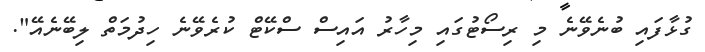
ގުޅާފައި ބުނެވޭނެ މި ރިސޯޓުގައި މިހާރު އައިސް ސްކޭޓް ކުރެވޭނެ ހިދުމަތް ލިބޭނެއޭ".